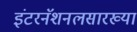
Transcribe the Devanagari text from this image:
इंटरनॅशनलसारख्या